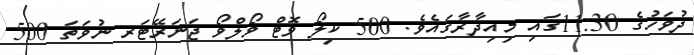
ދުވަހުގެ 11:30ގައި މިއިދާރާގައެވެ. 500 ކިލޯ ވޮޓް ވޯލްވޯ ޖަނަރޭޓަރ ނުވަތަ 500